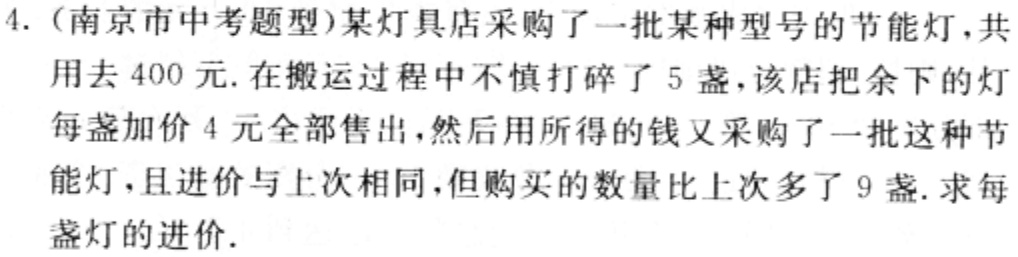
4.（南京市中考题型）某灯具店采购了一批某种型号的节能灯，共用去$400$元.在搬运过程中不慎打碎了$5$盏，该店把余下的灯每盏加价$4$元全部售出，然后用所得的钱又采购了一批这种节能灯，且进价与上次相同，但购买的数量比上次多了$9$盏.求每盏灯的进价.